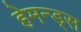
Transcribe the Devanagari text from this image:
हेमन्ड्स